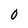
Character: O